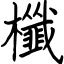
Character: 櫼